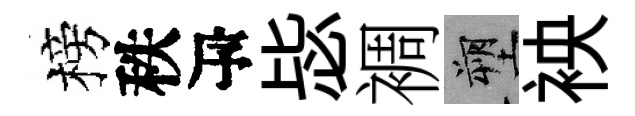
榜秩瓴毖裯塑䘧